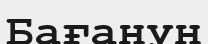
Бағанун